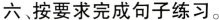
六按要求完成句子练习。